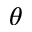
\theta